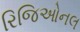
રિજિઓનલ